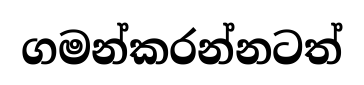
ගමන්කරන්නටත්